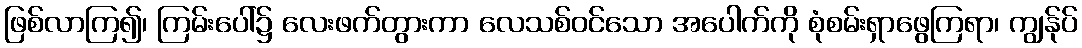
ဖြစ်လာကြ၍၊ ကြမ်းပေါ်၌ လေးဖက်တွားကာ လေသစ်ဝင်သော အပေါက်ကို စုံစမ်းရှာဖွေကြရာ၊ ကျွန်ုပ်